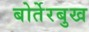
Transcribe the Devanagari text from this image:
बोर्तेरबुख